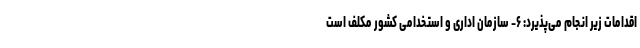
اقدامات زیر انجام می‌پذیرد: ۶- سازمان اداری و استخدامی کشور مکلف است